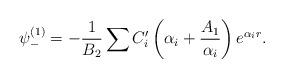
LaTeX: \begin{align*}\psi _{-}^{(1)}=-\frac 1{B_2}\sum C_i^{\prime }\left( \alpha _i+ \frac{A_1}{\alpha _i}\right) e^{\alpha _ir}.\end{align*}